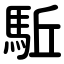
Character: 駈